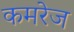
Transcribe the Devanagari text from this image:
कमरेज